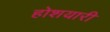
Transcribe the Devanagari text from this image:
होशयारी